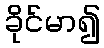
ခိုင်မာ၍